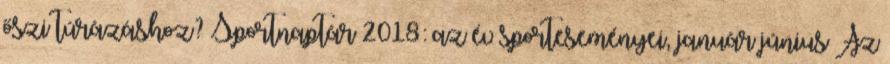
őszi túrázáshoz? Sportnaptár 2018: az év sporteseményei, január–június Az